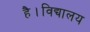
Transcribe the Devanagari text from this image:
है।विद्यालय